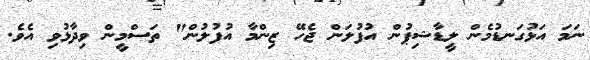
ނަމަ އަޅުގަނޑުމެން ލީޑާޝިޕުން އުފުލަން ޖެހޭ ޒިންމާ އުފުލުން" ތަސްމީން ވިދާޅުވި އެވެ.